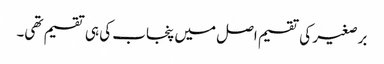
برصغیر کی تقسیم اصل میں پنجاب کی ہی تقسیم تھی۔